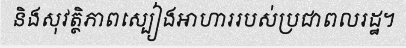
និងសុវត្ថិភាពស្បៀងអាហាររបស់ប្រជាពលរដ្ឋ។